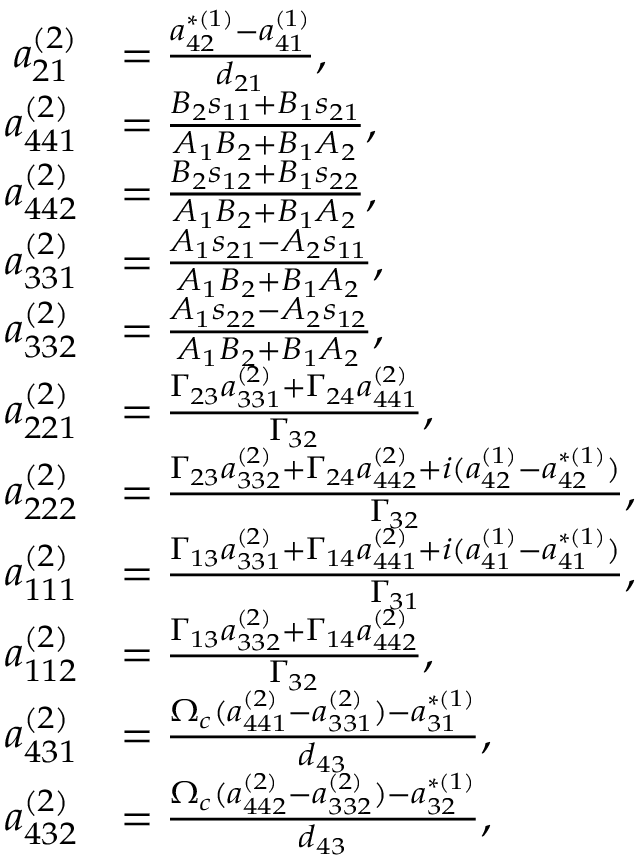
\begin{array} { r l } { a _ { 2 1 } ^ { ( 2 ) } } & { = \frac { a _ { 4 2 } ^ { \ast ( 1 ) } - a _ { 4 1 } ^ { ( 1 ) } } { d _ { 2 1 } } , } \\ { a _ { 4 4 1 } ^ { ( 2 ) } } & { = \frac { B _ { 2 } s _ { 1 1 } + B _ { 1 } s _ { 2 1 } } { A _ { 1 } B _ { 2 } + B _ { 1 } A _ { 2 } } , } \\ { a _ { 4 4 2 } ^ { ( 2 ) } } & { = \frac { B _ { 2 } s _ { 1 2 } + B _ { 1 } s _ { 2 2 } } { A _ { 1 } B _ { 2 } + B _ { 1 } A _ { 2 } } , } \\ { a _ { 3 3 1 } ^ { ( 2 ) } } & { = \frac { A _ { 1 } s _ { 2 1 } - A _ { 2 } s _ { 1 1 } } { A _ { 1 } B _ { 2 } + B _ { 1 } A _ { 2 } } , } \\ { a _ { 3 3 2 } ^ { ( 2 ) } } & { = \frac { A _ { 1 } s _ { 2 2 } - A _ { 2 } s _ { 1 2 } } { A _ { 1 } B _ { 2 } + B _ { 1 } A _ { 2 } } , } \\ { a _ { 2 2 1 } ^ { ( 2 ) } } & { = \frac { \Gamma _ { 2 3 } a _ { 3 3 1 } ^ { ( 2 ) } + \Gamma _ { 2 4 } a _ { 4 4 1 } ^ { ( 2 ) } } { \Gamma _ { 3 2 } } , } \\ { a _ { 2 2 2 } ^ { ( 2 ) } } & { = \frac { \Gamma _ { 2 3 } a _ { 3 3 2 } ^ { ( 2 ) } + \Gamma _ { 2 4 } a _ { 4 4 2 } ^ { ( 2 ) } + i ( a _ { 4 2 } ^ { ( 1 ) } - a _ { 4 2 } ^ { \ast ( 1 ) } ) } { \Gamma _ { 3 2 } } , } \\ { a _ { 1 1 1 } ^ { ( 2 ) } } & { = \frac { \Gamma _ { 1 3 } a _ { 3 3 1 } ^ { ( 2 ) } + \Gamma _ { 1 4 } a _ { 4 4 1 } ^ { ( 2 ) } + i ( a _ { 4 1 } ^ { ( 1 ) } - a _ { 4 1 } ^ { \ast ( 1 ) } ) } { \Gamma _ { 3 1 } } , } \\ { a _ { 1 1 2 } ^ { ( 2 ) } } & { = \frac { \Gamma _ { 1 3 } a _ { 3 3 2 } ^ { ( 2 ) } + \Gamma _ { 1 4 } a _ { 4 4 2 } ^ { ( 2 ) } } { \Gamma _ { 3 2 } } , } \\ { a _ { 4 3 1 } ^ { ( 2 ) } } & { = \frac { \Omega _ { c } ( a _ { 4 4 1 } ^ { ( 2 ) } - a _ { 3 3 1 } ^ { ( 2 ) } ) - a _ { 3 1 } ^ { \ast ( 1 ) } } { d _ { 4 3 } } , } \\ { a _ { 4 3 2 } ^ { ( 2 ) } } & { = \frac { \Omega _ { c } ( a _ { 4 4 2 } ^ { ( 2 ) } - a _ { 3 3 2 } ^ { ( 2 ) } ) - a _ { 3 2 } ^ { \ast ( 1 ) } } { d _ { 4 3 } } , } \end{array}